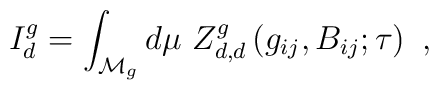
I^g_d=\int_{{\cal{M}}_g}  d\mu~ Z_{d,d}^g\left(g_{ij},B_{ij};\tau\right) \ ,